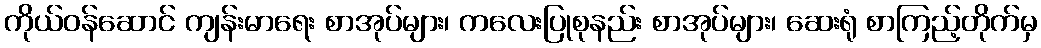
ကိုယ်ဝန်ဆောင် ကျန်းမာရေး စာအုပ်များ၊ ကလေးပြုစုနည်း စာအုပ်များ၊ ဆေးရုံ စာကြည့်တိုက်မှ